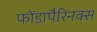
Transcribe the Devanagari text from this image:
फोंडापैरिनक्स